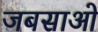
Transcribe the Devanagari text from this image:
जबसाओ